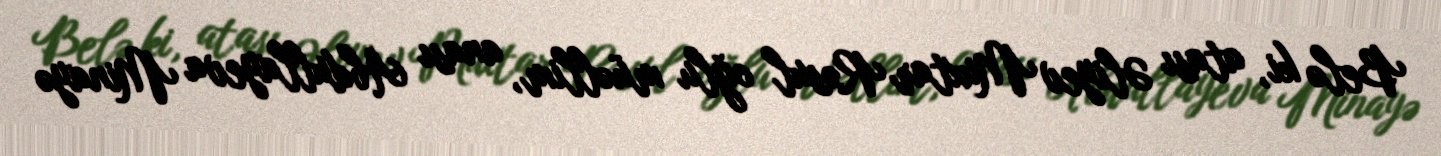
Belə ki, atası Əliyev Muxtar Rəsul oğlu müəllim, anası Abdullayeva Minayə